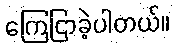
ကြေငြာခဲ့ပါတယ်။